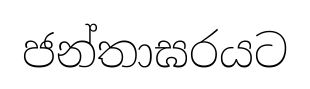
ජන්තාඝරයට